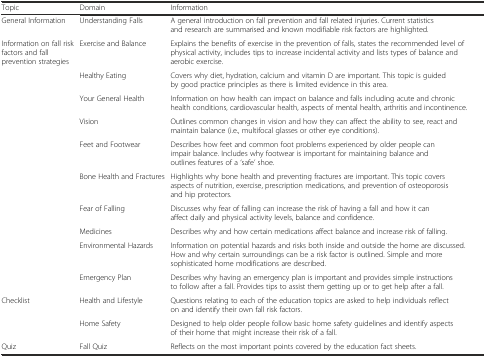
| Topic | Domain | Information |
 | --- | --- | --- |
 | General Information | Understanding Falls | A general introduction on fall prevention and fall related injuries. Current statistics and research are summarised and known modifiable risk factors are highlighted. |
 | Information on fall risk factors and fall prevention strategies | Exercise and Balance | Explains the benefits of exercise in the prevention of falls, states the recommended level of physical activity, includes tips to increase incidental activity and lists types of balance and aerobic exercise. |
 |  | Healthy Eating | Covers why diet, hydration, calcium and vitamin D are important. This topic is guided by good practice principles as there is limited evidence in this area. |
 |  | Your General Health | Information on how health can impact on balance and falls including acute and chronic health conditions, cardiovascular health, aspects of mental health, arthritis and incontinence. |
 |  | Vision | Outlines common changes in vision and how they can affect the ability to see, react and maintain balance (i.e., multifocal glasses or other eye conditions). |
 |  | Feet and Footwear | Describes how feet and common foot problems experienced by older people can impair balance. Includes why footwear is important for maintaining balance and outlines features of a ‘safe’ shoe. |
 |  | Bone Health and Fractures | Highlights why bone health and preventing fractures are important. This topic covers aspects of nutrition, exercise, prescription medications, and prevention of osteoporosis and hip protectors. |
 |  | Fear of Falling | Discusses why fear of falling can increase the risk of having a fall and how it can affect daily and physical activity levels, balance and confidence. |
 |  | Medicines | Describes why and how certain medications affect balance and increase risk of falling. |
 |  | Environmental Hazards | Information on potential hazards and risks both inside and outside the home are discussed. How and why certain surroundings can be a risk factor is outlined. Simple and more sophisticated home modifications are described. |
 |  | Emergency Plan | Describes why having an emergency plan is important and provides simple instructions to follow after a fall. Provides tips to assist them getting up or to get help after a fall. |
 | Checklist | Health and Lifestyle | Questions relating to each of the education topics are asked to help individuals reflect on and identify their own fall risk factors. |
 |  | Home Safety | Designed to help older people follow basic home safety guidelines and identify aspects of their home that might increase their risk of a fall. |
 | Quiz | Fall Quiz | Reflects on the most important points covered by the education fact sheets. |